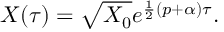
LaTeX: X ( \tau ) = \sqrt { X _ { 0 } } e ^ { \frac 1 2 \left( p + \alpha \right) \tau } .